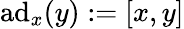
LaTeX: \mathrm{ad}_{x}(y):=[x,y]